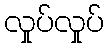
လှုပ်လှုပ်